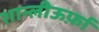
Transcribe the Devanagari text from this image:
शान्लीऊर्फ़ा